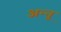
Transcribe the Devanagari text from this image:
अन्‍नू